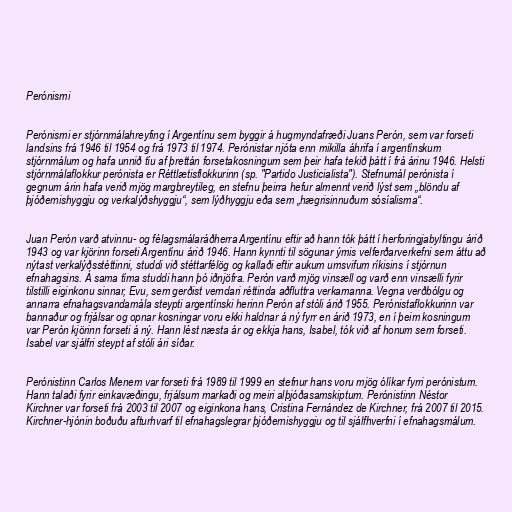
Perónismi

Perónismi er stjórnmálahreyfing í Argentínu sem byggir á hugmyndafræði Juans Perón, sem var forseti
landsins frá 1946 til 1954 og frá 1973 til 1974. Perónistar njóta enn mikilla áhrifa í argentínskum
stjórnmálum og hafa unnið tíu af þrettán forsetakosningum sem þeir hafa tekið þátt í frá árinu 1946. Helsti
stjórnmálaflokkur perónista er Réttlætisflokkurinn (sp. "Partido Justicialista"). Stefnumál perónista í
gegnum árin hafa verið mjög margbreytileg, en stefnu þeirra hefur almennt verið lýst sem „blöndu af
þjóðernishyggju og verkalýðshyggju“, sem lýðhyggju eða sem „hægrisinnuðum sósíalisma“.

Juan Perón varð atvinnu- og félagsmálaráðherra Argentínu eftir að hann tók þátt í herforingjabyltingu árið
1943 og var kjörinn forseti Argentínu árið 1946. Hann kynnti til sögunar ýmis velferðarverkefni sem áttu að
nýtast verkalýðsstéttinni, studdi við stéttarfélög og kallaði eftir aukum umsvifum ríkisins í stjórnun
efnahagsins. Á sama tíma studdi hann þó iðnjöfra. Perón varð mjög vinsæll og varð enn vinsælli fyrir
tilstilli eiginkonu sinnar, Evu, sem gerðist verndari réttinda aðfluttra verkamanna. Vegna verðbólgu og
annarra efnahagsvandamála steypti argentínski herinn Perón af stóli árið 1955. Perónistaflokkurinn var
bannaður og frjálsar og opnar kosningar voru ekki haldnar á ný fyrr en árið 1973, en í þeim kosningum
var Perón kjörinn forseti á ný. Hann lést næsta ár og ekkja hans, Isabel, tók við af honum sem forseti.
Isabel var sjálfri steypt af stóli ári síðar.

Perónistinn Carlos Menem var forseti frá 1989 til 1999 en stefnur hans voru mjög ólíkar fyrri perónistum.
Hann talaði fyrir einkavæðingu, frjálsum markaði og meiri alþjóðasamskiptum. Perónistinn Néstor
Kirchner var forseti frá 2003 til 2007 og eiginkona hans, Cristina Fernández de Kirchner, frá 2007 til 2015.
Kirchner-hjónin boðuðu afturhvarf til efnahagslegrar þjóðernishyggju og til sjálfhverfni í efnahagsmálum.